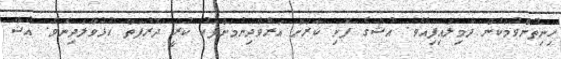
ހިނިތުންވުމަކުން ދެމިލައިފިއެވެ. އުޝާގެ ފޮށި ކާރަށް އަރުވާދިނުމަށްފަހު ކުރީ ދޮރުފަތް ހުޅުވާލަދިނެވެ. އުޝާ